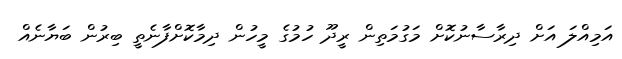
އަމިއްލަ އަށް ދިރާސާނުކޮށް މަގުމަތިން ރީދޫ ހުމުގެ މީހުން ދިމާކޮށްފާނެތީ ބިރުން ބަޔާނެއް